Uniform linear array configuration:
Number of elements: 24
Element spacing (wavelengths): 0.75
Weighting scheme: kaiser
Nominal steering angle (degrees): -45
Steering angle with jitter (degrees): -43.887
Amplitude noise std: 0.05
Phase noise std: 0.05

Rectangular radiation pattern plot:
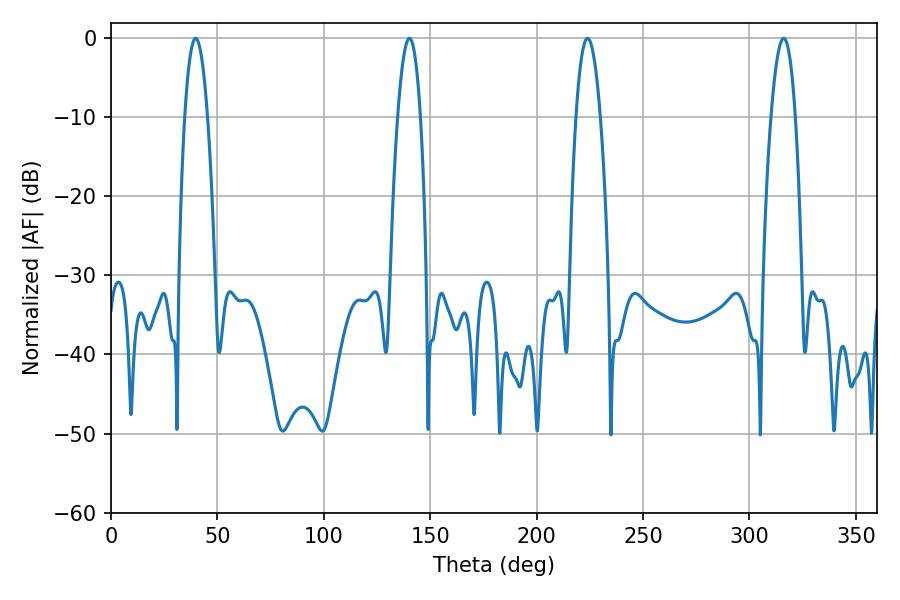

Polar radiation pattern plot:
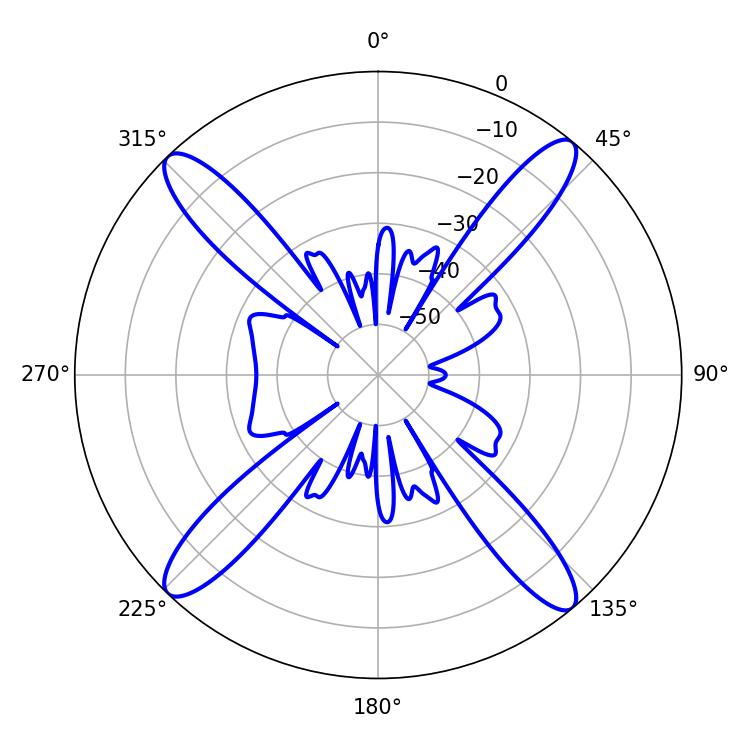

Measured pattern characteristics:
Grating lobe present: TRUE
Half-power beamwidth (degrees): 6.3
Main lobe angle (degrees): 223.92